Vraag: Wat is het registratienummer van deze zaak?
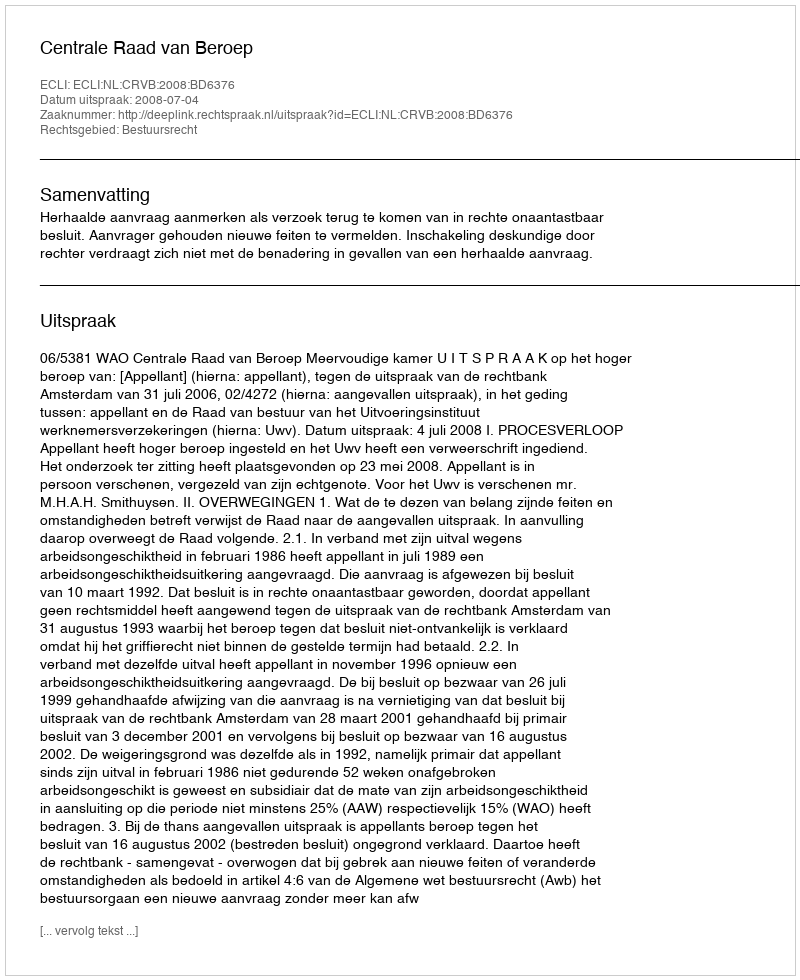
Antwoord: http://deeplink.rechtspraak.nl/uitspraak?id=ECLI:NL:CRVB:2008:BD6376